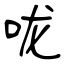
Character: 咙